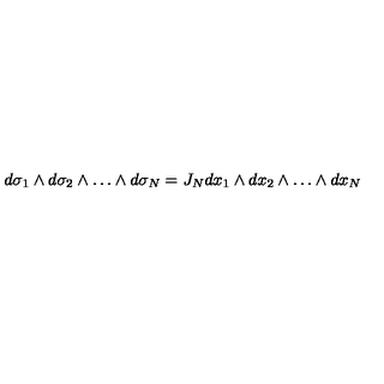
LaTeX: d \sigma _ { 1 } \wedge d \sigma _ { 2 } \wedge \ldots \wedge d \sigma _ { N } = J _ { N } d x _ { 1 } \wedge d x _ { 2 } \wedge \ldots \wedge d x _ { N }